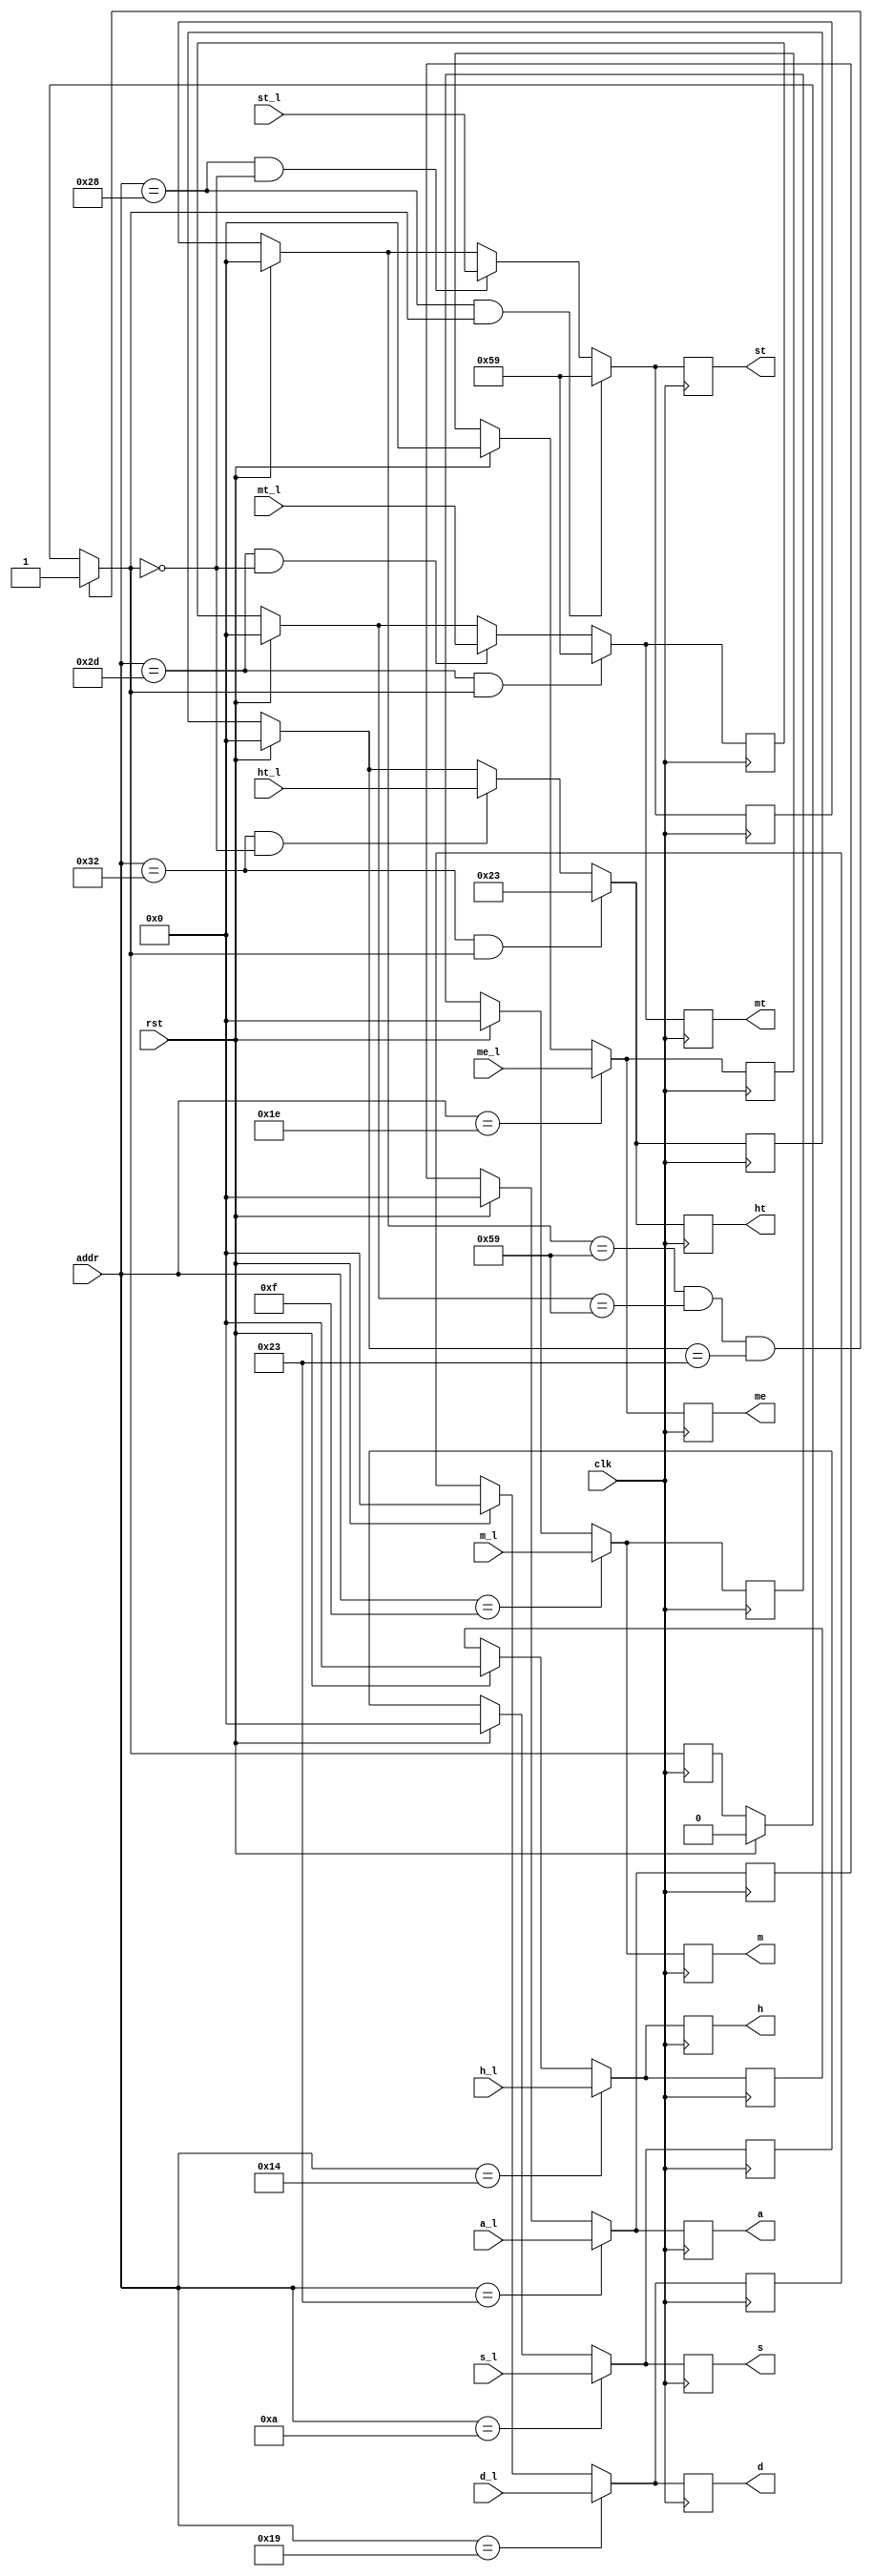
`timescale 1ns / 1ps

module Parametros_desde_RTC(
  input [5:0] addr,
  input clk,rst,
  input [7:0] st_l,mt_l,ht_l,s_l,m_l,h_l,d_l,me_l,a_l,
  output reg [7:0] st,mt,ht,s,m,h,d,me,a
  );

reg [7:0] tems,temm,temh,temd,temme,tema,temst,temmt,temht;
reg cero;

always@(posedge clk)begin
	if(rst)begin 
	tems=0;temm=0;temh=0;temd=0;temme=0;tema=0;temst=0;temmt=0;temht=0;cero=0;
	st=temst;mt=temmt;ht=temht;s=tems;m=temm;h=temh;d=temd;me=temme;a=tema;end
	else
  st=temst;mt=temmt;ht=temht;s=tems;m=temm;h=temh;d=temd;me=temme;a=tema;
  if((temst==8'h59)&&(temmt==8'h59)&&(temht==8'h23))begin
		cero=1;end
  if(addr==6'd10)begin
     s=s_l;
	  tems=s; end
  if(addr==6'd15)begin
     m=m_l;
	  temm=m; end
  if(addr==6'd20)begin
     h=h_l;
	  temh=h; end
  if(addr==6'd25)begin
     d=d_l;
	  temd=d; end
  if(addr==6'd30)begin
     me=me_l;
	  temme=me;end
  if(addr==6'd35)begin
     a=a_l;
	  tema=a; end
  if((addr==6'd40)&&(cero==0))begin
     st=st_l;
	  temst=st;end
  if((addr==6'd45)&&(cero==0))begin
     mt=mt_l;
	  temmt=mt;end
  if((addr==6'd50)&&(cero==0))begin
     ht=ht_l;
	  temht=ht; end
	  
  if((addr==6'd40)&&(cero==1))begin
     st=8'h59;
	  temst=st;end
  if((addr==6'd45)&&(cero==1))begin
     mt=8'h59;
	  temmt=mt;end
  if((addr==6'd50)&&(cero==1))begin
     ht=8'h23;
	  temht=ht; end
	  
  end
endmodule